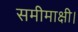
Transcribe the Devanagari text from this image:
समीमाक्षी।